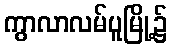
ကွာလာလမ်ပူမြို့၌